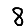
Digit: 8